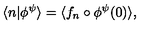
\langle n | \phi ^ { \psi } \rangle = \langle f _ { n } \circ \phi ^ { \psi } ( 0 ) \rangle ,